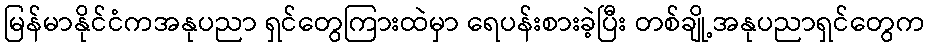
မြန်မာနိုင်ငံကအနုပညာ ရှင်တွေကြားထဲမှာ ရေပန်းစားခဲ့ပြီး တစ်ချို့အနုပညာရှင်တွေက